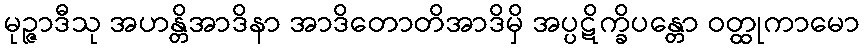
မုဉ္ဇာဒီသု အဟန္တိအာဒိနာ အာဒိတောတိအာဒိမှိ အပ္ပဋိက္ခိပန္တော ဝတ္ထုကာမော